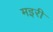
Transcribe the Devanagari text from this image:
मइरी